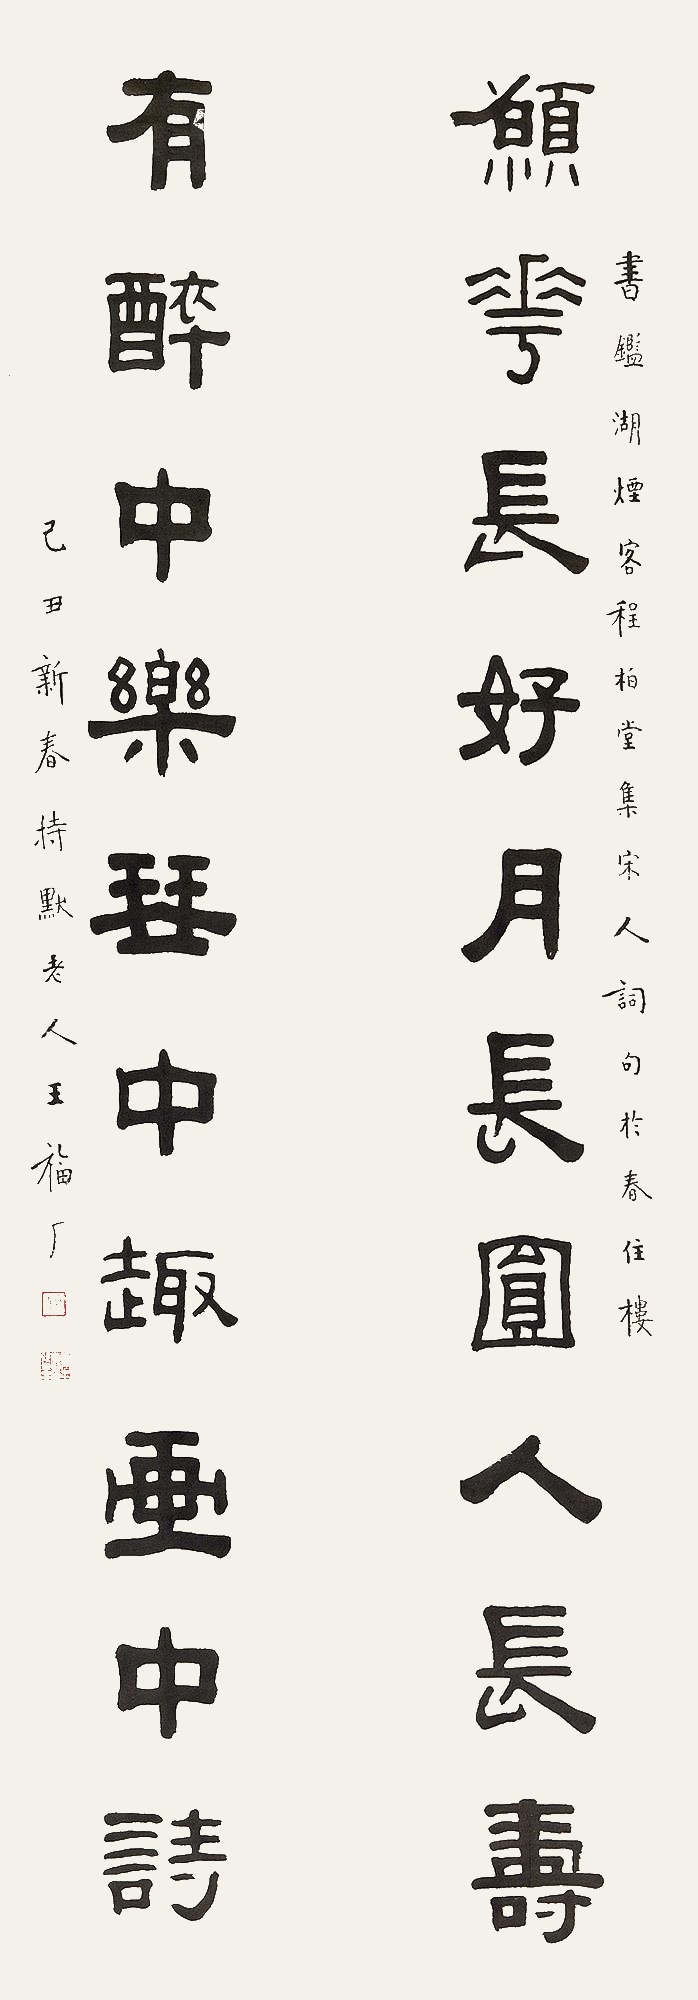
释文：愿花长好月长圆人长寿，有醉中乐琴中趣画中诗。书鉴湖烟客程柏堂集宋人词句于春住楼。己丑新春，持默老人王福厂。